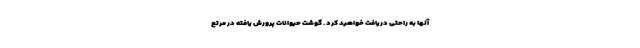
آنها به راحتی دریافت خواهید کرد . گوشت حیوانات پرورش یافته در مرتع